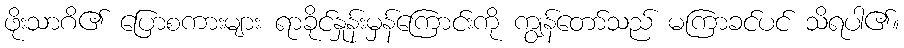
ဖိုးသာဂိ၏ ပြောစကားများ ရာခိုင်နှုန်းမှန်ကြောင်းကို ကျွန်တော်သည် မကြာခင်ပင် သိရပါ၏။